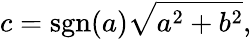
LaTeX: c=\operatorname{sgn}(a){\sqrt{a^{2}+b^{2}}},